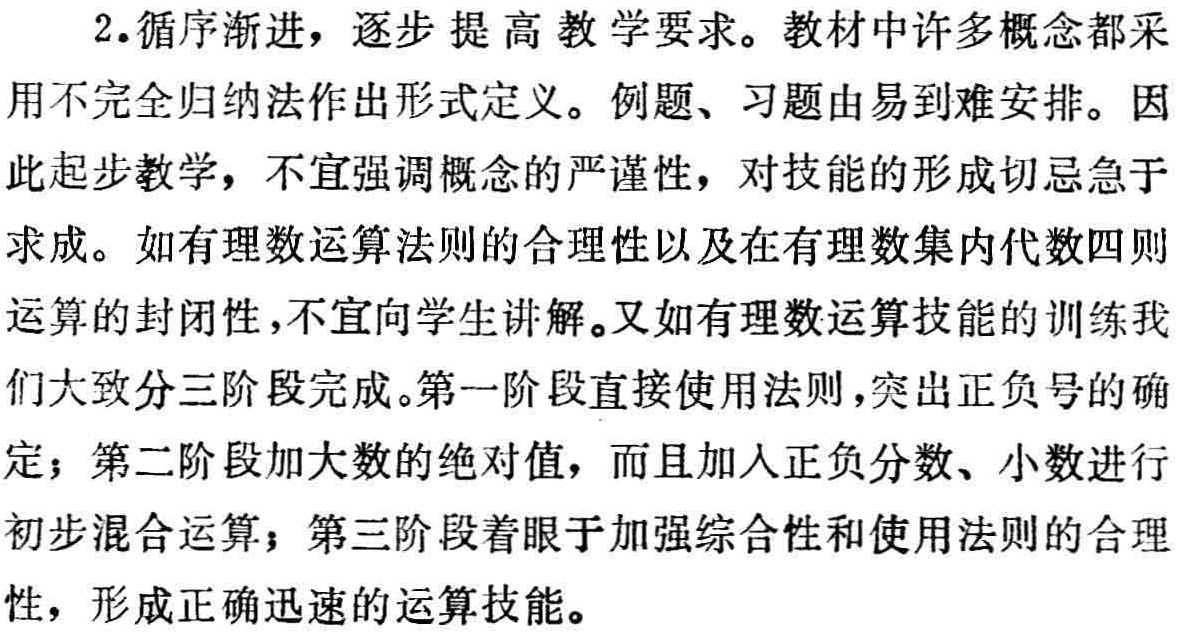
2.循序渐进，逐步提高教学要求。教材中许多概念都采用不完全归纳法作出形式定义。例题、习题由易到难安排。因此起步教学，不宜强调概念的严谨性，对技能的形成切忌急于求成。如有理数运算法则的合理性以及在有理数集内代数四则运算的封闭性，不宜向学生讲解。又如有理数运算技能的训练我们大致分三阶段完成。第一阶段直接使用法则，突出正负号的确定；第二阶段加大数的绝对值，而且加入正负分数、小数进行初步混合运算；第三阶段着眼于加强综合性和使用法则的合理性，形成正确迅速的运算技能。